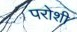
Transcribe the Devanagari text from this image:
परोशी